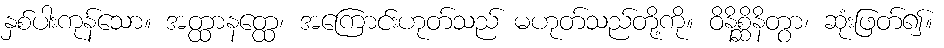
နှစ်ပါးကုန်သော။ အတ္ထာနတ္ထေ၊ အကြောင်းဟုတ်သည် မဟုတ်သည်တို့ကို။ ဝိနိစ္ဆိနိတွာ၊ ဆုံးဖြတ်၍။